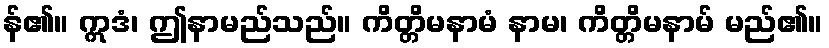
န်၏။ ဣဒံ၊ ဤနာမည်သည်။ ကိတ္တိမနာမံ နာမ၊ ကိတ္တိမနာမ် မည်၏။